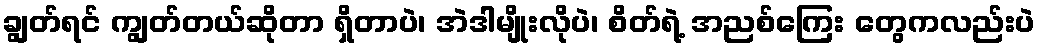
ချွတ်ရင် ကျွတ်တယ်ဆိုတာ ရှိတာပဲ၊ အဲဒါမျိုးလိုပဲ၊ စိတ်ရဲ့ အညစ်ကြေး တွေကလည်းပဲ